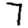
Digit: 7